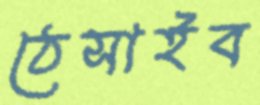
ঠেসাইব